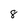
Character: 8